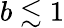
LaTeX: b\lesssim 1